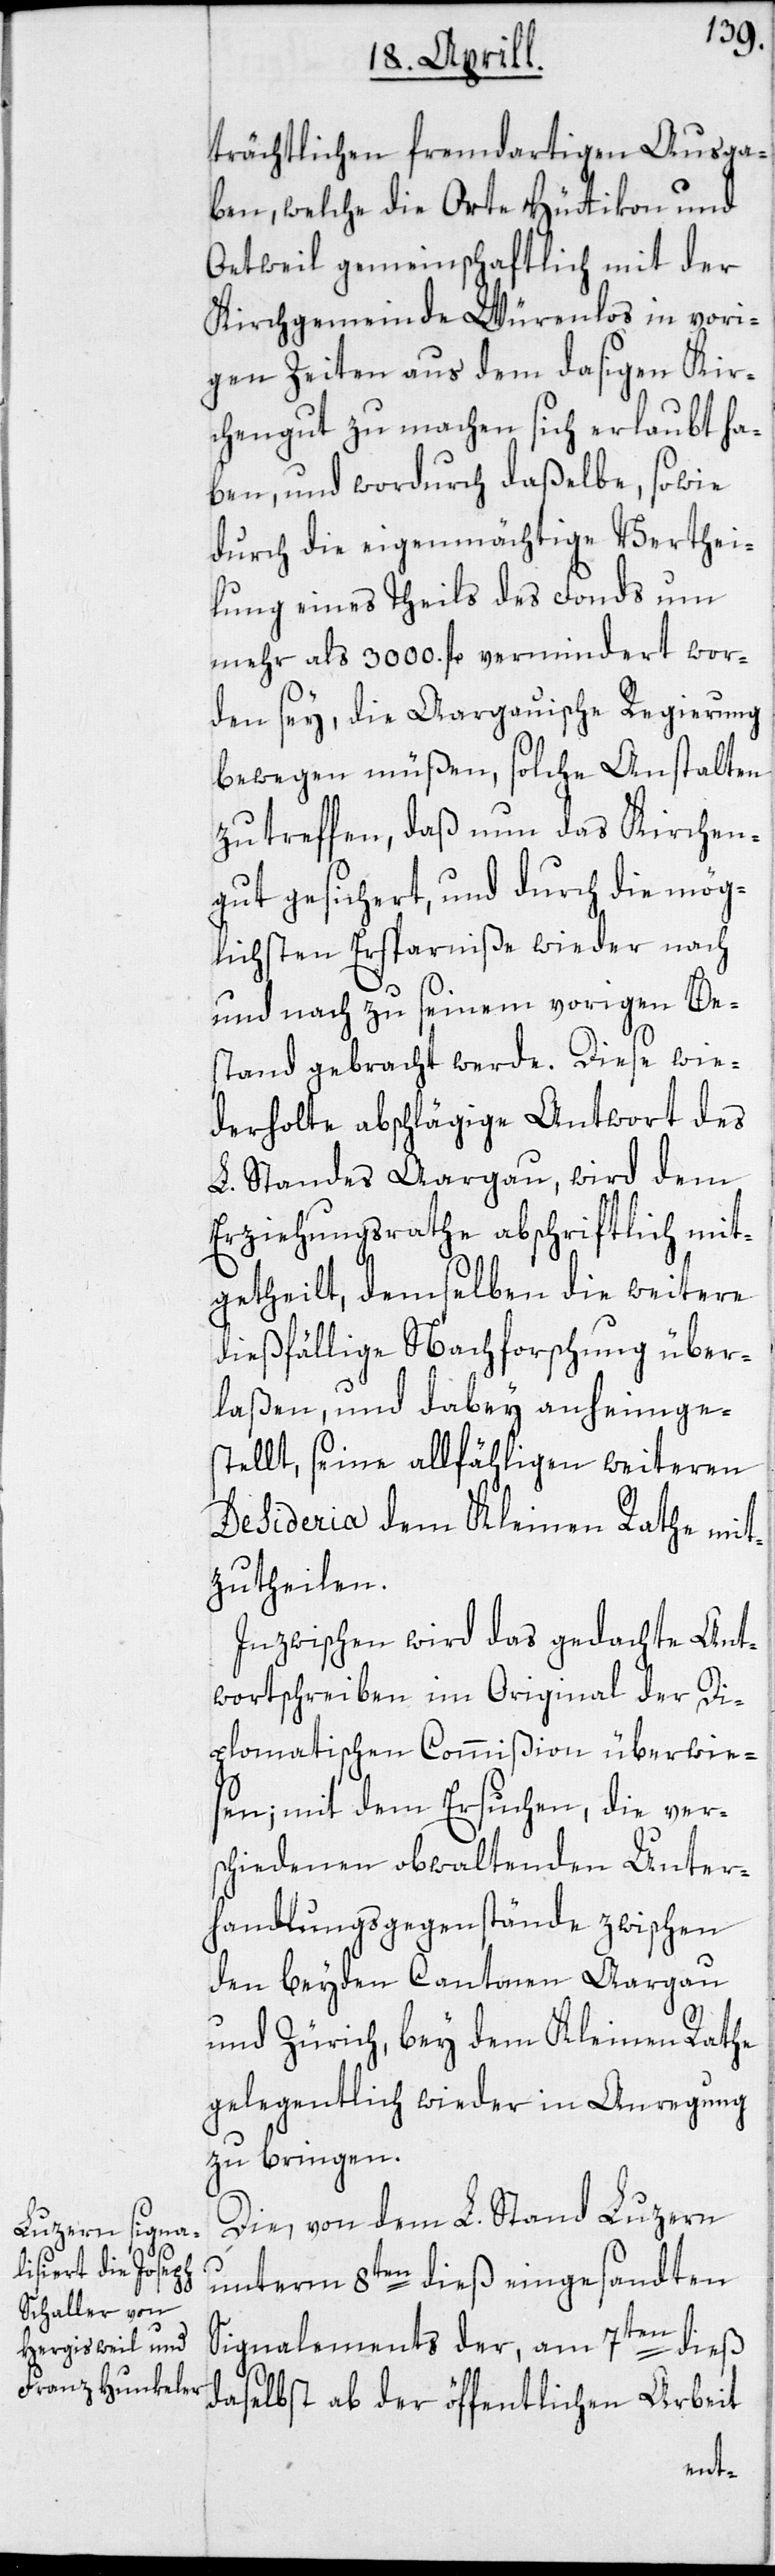
trächtlichen fremdartigen Ausga¬
ben, welche die Orte Hüttikon und
Oetweil gemeinschaftlich mit der
Kirchgemeinde Würenlos in vori¬
gen Zeiten aus dem dasigen Kir¬
chengut zu machen sich erlaubt ha¬
ben, und wordurch daßelbe, sowie
durch die eigenmächtige Verthei¬
lung eines Theils des Fonds um
mehr als 3000. fl. vermindert wor¬
den sey, die Aargauische Regierung
bewegen müßen, solche Anstalten
zu treffen, daß nun das Kirchen¬
gut gesichert, und durch die mög¬
lichsten Ersparniße wieder nach
und nach zu seinem vorigen Be¬
stand gebracht werde. Diese wie¬
derholte abschlägige Antwort des
L. Standes Aargau, wird dem
Erziehungsrathe abschriftlich mit¬
getheilt, demselben die weitere
dießfällige Nachforschung über¬
laßen, und dabey anheimge¬
stellt, seine allfähligen weiteren
Desideria dem Kleinen Rathe mit¬
zutheilen.
Inzwischen wird das gedachte Ant¬
wortschreiben im Original der Di¬
plomatischen Commißion überwie¬
sen; mit dem Ersuchen, die ver¬
schiedenen obwaltenden Unter¬
handlungsgegenstände zwischen
den beyden Cantonen Aargau
und Zürich, bey dem Kleinen Rathe
gelegentlich wieder in Anregung
zu bringen.
Die, von dem L. Stand Luzern
unterm 8ten dieß eingesandten
Signalements der, am 7ten dieß
daselbst ab der öffentlichen Arbeit